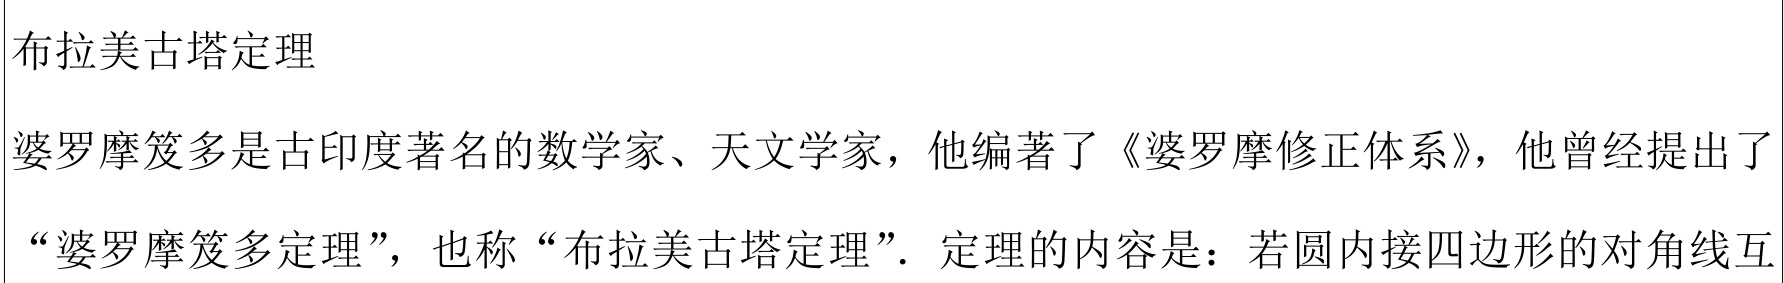
布拉美古塔定理

婆罗摩笈多是古印度著名的数学家、天文学家，他编著了《婆罗摩修正体系》，他曾经提出了“婆罗摩笈多定理”，也称“布拉美古塔定理”. 定理的内容是：若圆内接四边形的对角线互